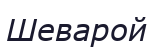
Шеварой